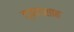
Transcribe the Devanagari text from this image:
द्वादशाह